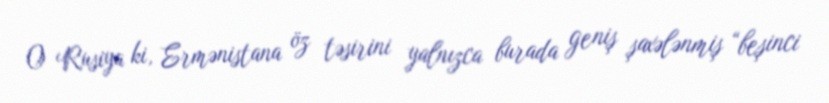
O Rusiya ki, Ermənistana öz təsirini yalnızca burada geniş şaxələnmiş “beşinci